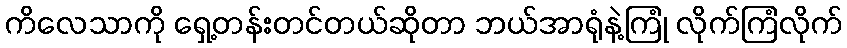
ကိလေသာကို ရှေ့တန်းတင်တယ်ဆိုတာ ဘယ်အာရုံနဲ့ကြုံ လိုက်ကြံလိုက်